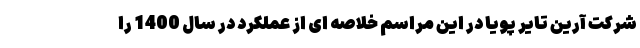
شرکت آرین تایر پویا در این مراسم خلاصه ای از عملکرد در سال 1400 را